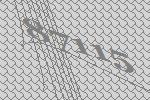
87115